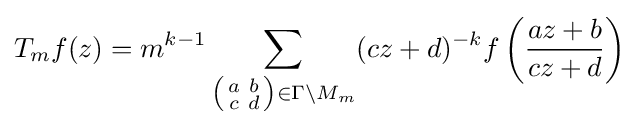
T_{m}f(z)=m^{k-1}\sum _{\left({\begin{smallmatrix}a&b\\c&d\end{smallmatrix}}\right)\in \Gamma \backslash M_{m}}(cz+d)^{-k}f\left({\frac {az+b}{cz+d}}\right)